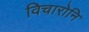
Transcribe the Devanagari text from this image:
विचारोनि